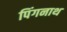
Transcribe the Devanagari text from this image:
पिंगनाथ